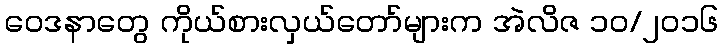
ဝေဒနာတွေ ကိုယ်စားလှယ်တော်များက အဲလိဇ ၁၀/၂၀၁၆